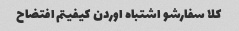
کلا سفارشو اشتباه اوردن کیفیتم افتضاح